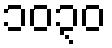
၁၀၃၀